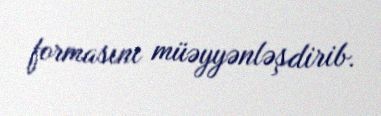
formasını müəyyənləşdirib.